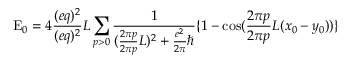
\mathrm { E } _ { 0 } = 4 \frac { ( e q ) ^ { 2 } } { ( e q ) ^ { 2 } } { L } \sum _ { p > 0 } \frac { 1 } { ( \frac { 2 \pi p } { 2 \pi p } { L } ) ^ { 2 } + \frac { e ^ { 2 } } { 2 \pi } \hbar } \{ 1 - \cos ( \frac { 2 \pi p } { 2 \pi p } { L } ( x _ { 0 } - y _ { 0 } ) ) \}